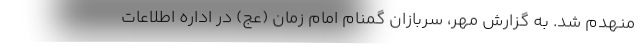
منهدم شد. به گزارش مهر، سربازان گمنام امام زمان (عج) در اداره اطلاعات